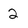
Character: 2